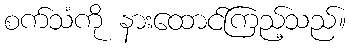
စက်သံကို နားထောင်ကြည့်သည်။